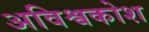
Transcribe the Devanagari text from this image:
अविश्वकोश